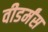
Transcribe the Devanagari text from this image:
वीडर्मंस